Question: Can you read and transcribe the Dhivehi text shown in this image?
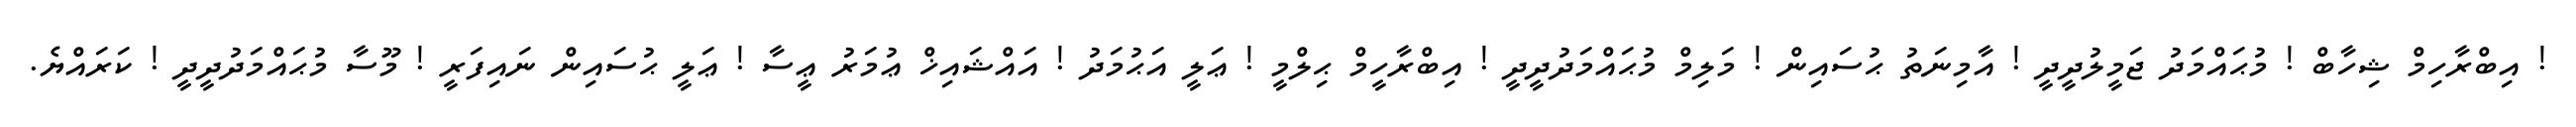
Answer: ! އިބްރާހިމް ޝިހާބް ! މުޙައްމަދު ޖަމީލުދީދީ ! އާމިނަތު ޙުސައިން ! މަލިމް މުޙައްމަދުދީދީ ! އިބްރާހީމް ޙިލްމީ ! ޢަލީ އަޙުމަދު ! އައްޝައިޚް ޢުމަރު ޢީސާ ! ޢަލީ ޙުސައިން ނައިފަރީ ! މޫސާ މުޙައްމަދުދީދީ ! ކަރައްޔެ.